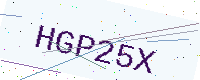
Text: HGP25X